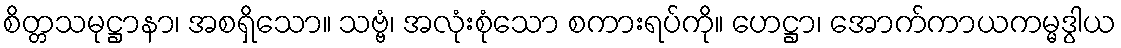
စိတ္တသမုဋ္ဌာနာ၊ အစရှိသော။ သဗ္ဗံ၊ အလုံးစုံသော စကားရပ်ကို။ ဟေဋ္ဌာ၊ အောက်ကာယကမ္မဒွါယ